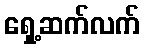
ရှေ့ဆက်လက်